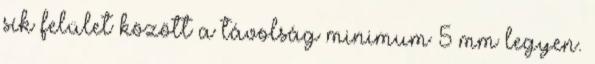
sík felület között a távolság minimum 5 mm legyen.